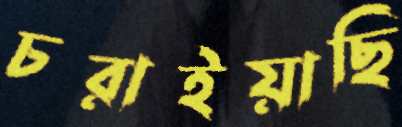
চরাইয়াছি